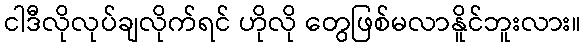
ငါဒီလိုလုပ်ချလိုက်ရင် ဟိုလို တွေဖြစ်မလာနိူင်ဘူးလား။